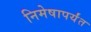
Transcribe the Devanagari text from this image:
निमेषापर्यंत